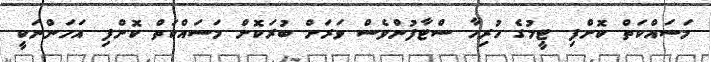
މަސައްކަތް ކޮށްފި. ޓީމުގެ ހުރިހާ ސްޓާފުންވެސް ވަރަށް ބުރަކޮށް މަސައްކަތް ކޮށްފި. އަހަންނަކީ